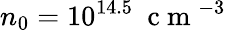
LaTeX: n_{0}=10^{14.5}~\mathrm{~c~m~}^{-3}